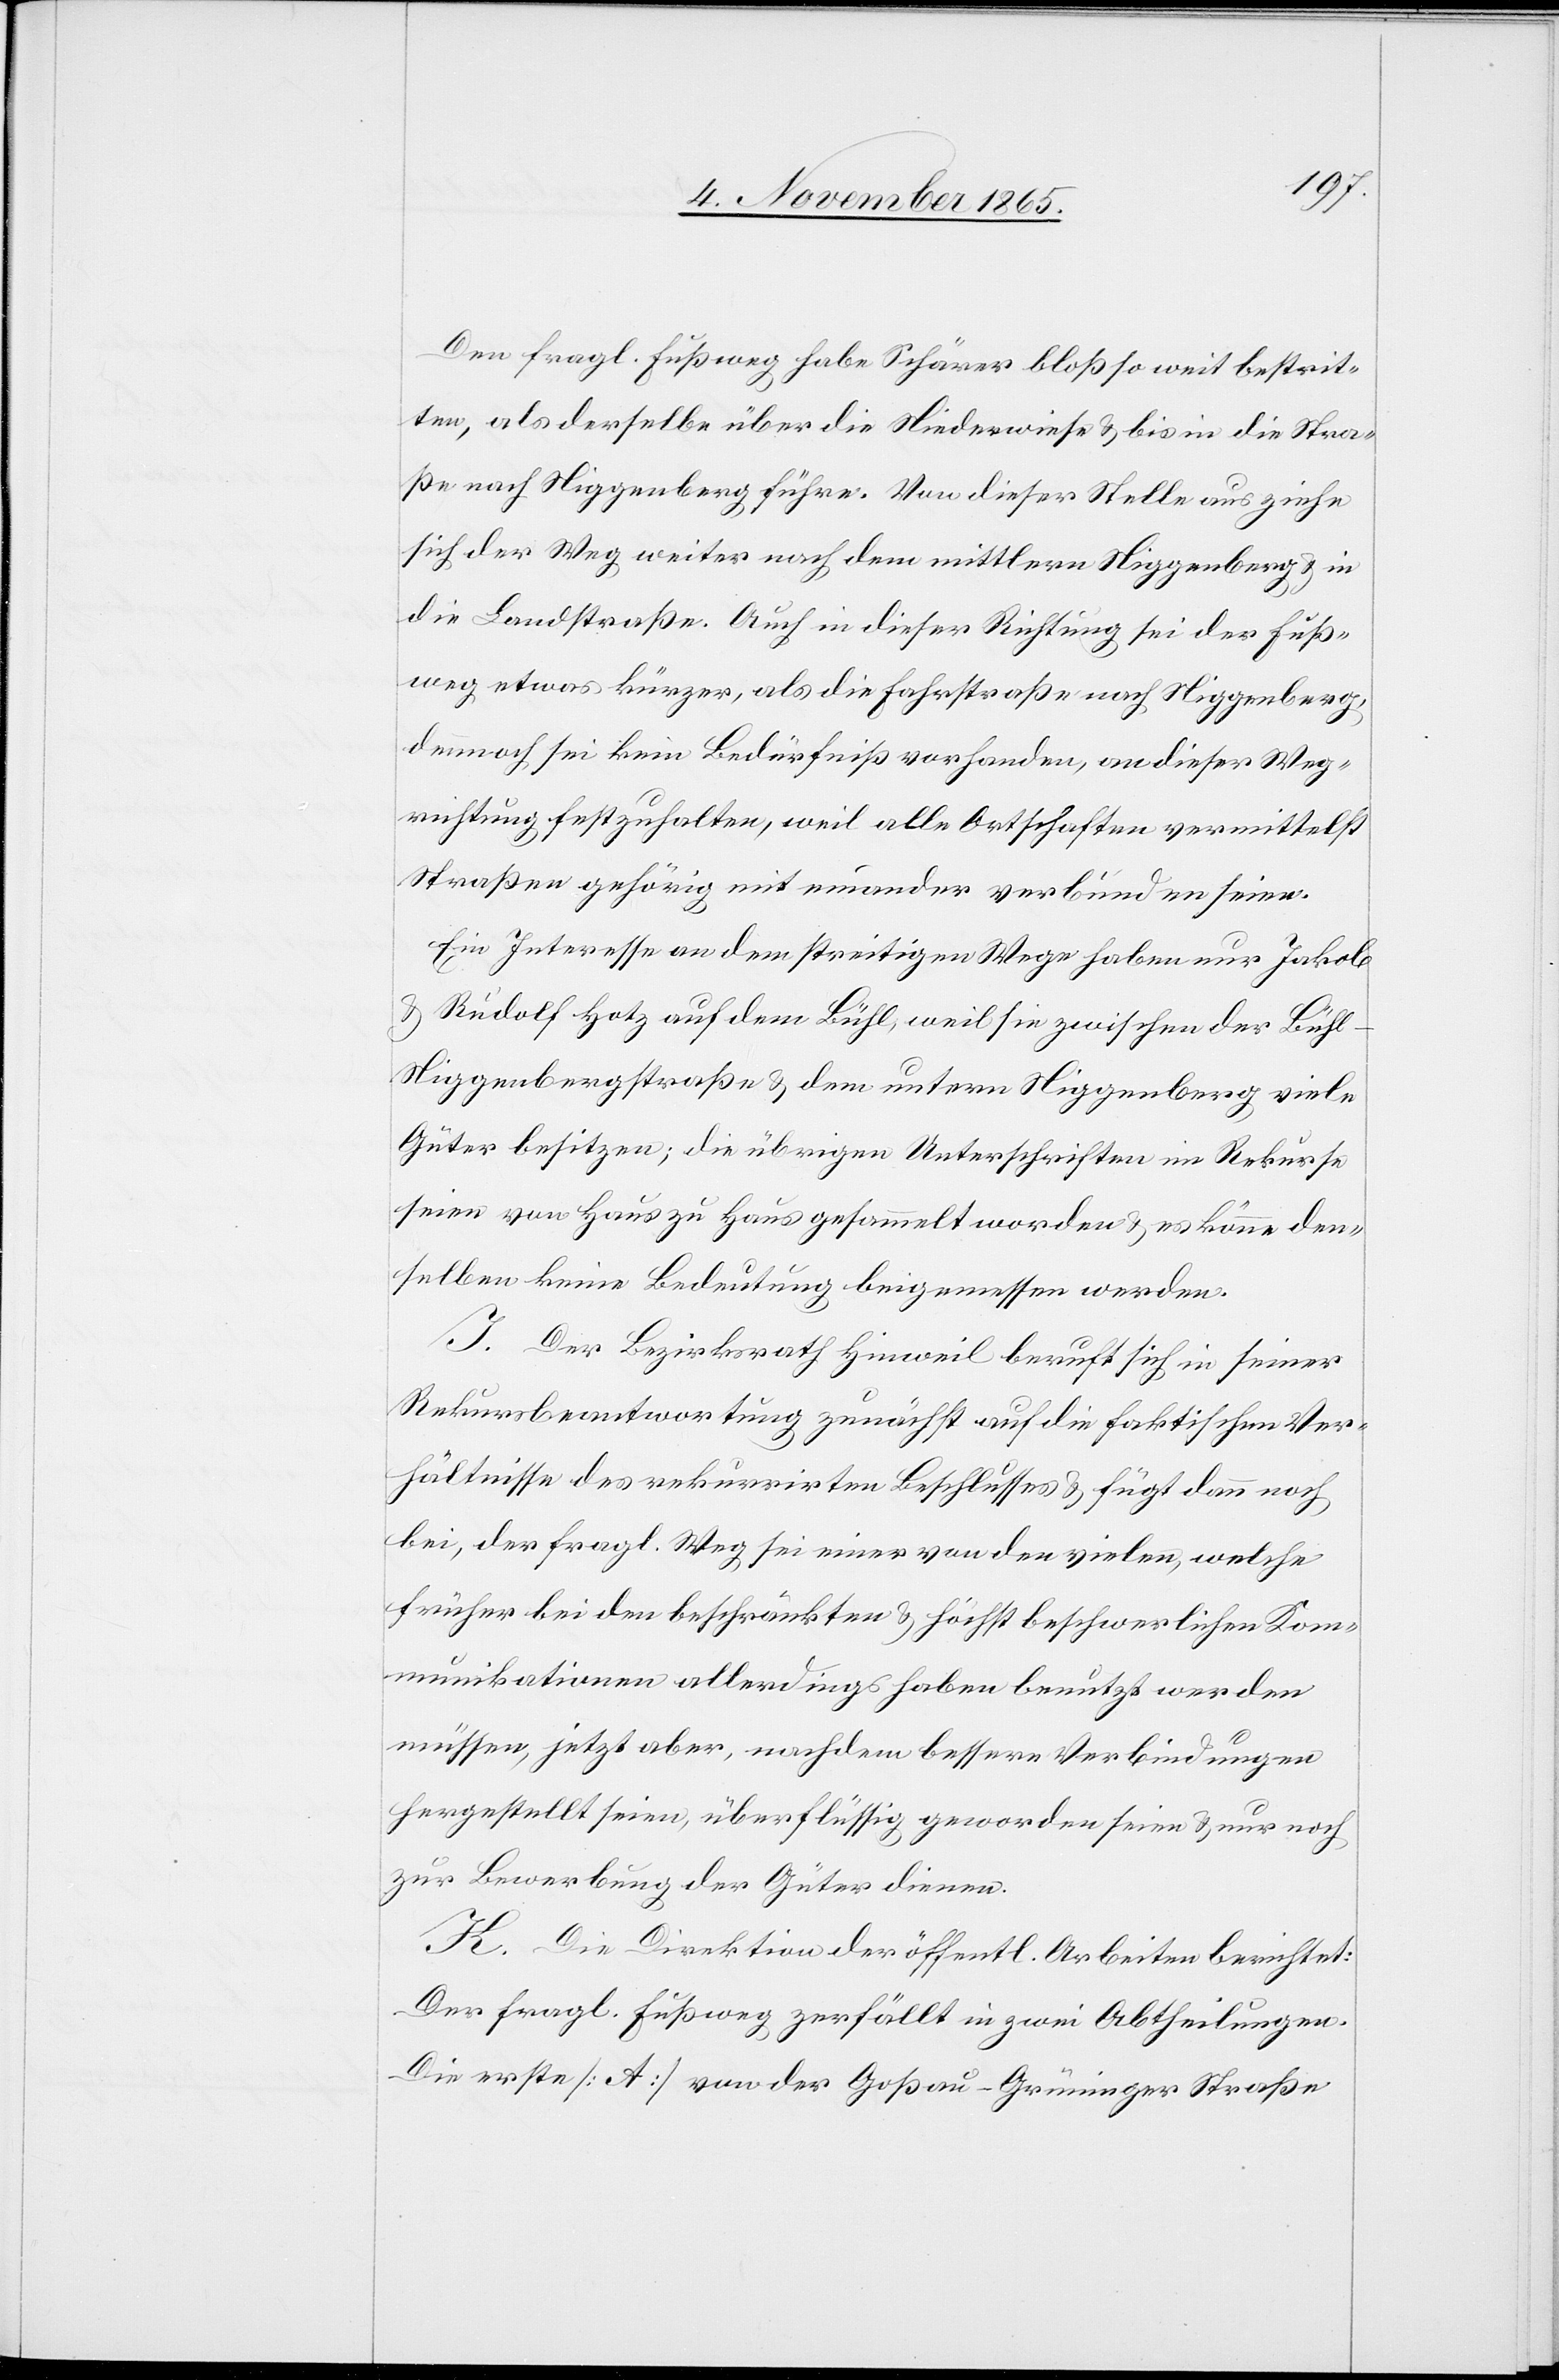
Den fragl. Fußweg habe Schärer bloß so weit bestrit¬
ten, als derselbe über die Niederwiese & bis in die Stra¬
ße nach Niggenberg führe. Von dieser Stelle aus ziehe
sich der Weg weiter nach dem mittlern Niggenberg & in
die Landstraße. Auch in dieser Richtung sei der Fuß¬
weg etwas kürzer, als die Fahrstraße nach Niggenberg,
dennoch sei kein Bedürfniß vorhanden, an dieser Weg¬
richtung festzuhalten, weil alle Ortschaften vermittelst
Straßen gehörig mit einander verbunden seien.
Ein Interesse an dem streitigen Wege haben nur Jakob
& Rudolf Hotz auf dem Bühl, weil sie zwischen der Bühl–N¬
iggenbergstraße & dem untern Niggenberg viele
Güter besitzen; die übrigen Unterschriften im Rekurse
seien von Haus zu Haus gesammelt worden & es könne den¬
selben keine Bedeutung beigemessen werden.
I. Der Bezirksrath Hinweil beruft sich in seiner
Rekursbeantwortung zunächst auf die faktischen Ver¬
hältnisse des rekurrirten Beschlusses & fügt dann noch
bei, der fragl. Weg sei einer von den vielen, welche
früher bei den beschränkten & höchst beschwerlichen Kom¬
munikationen allerdings haben benutzt werden
müssen, jetzt aber, nachdem bessere Verbindungen
hergestellt seien, überflüssig geworden seien & nur noch
zur Bewerbung der Güter dienen.
K. Die Direktion der öffentl. Arbeiten berichtet:
Der fragl. Fußweg zerfällt in zwei Abtheilungen.
Die erste [A] von der Goßau–Grüninger Straße